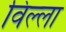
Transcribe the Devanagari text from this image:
विल्‍ला